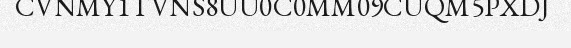
CVNMY1TVNS8UU0C0MM09CUQM5PXDJ